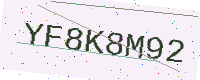
Text: YF8K8M92